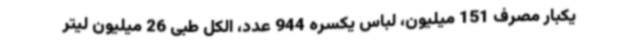
یکبار مصرف 151 میلیون، لباس یکسره 944 عدد، الکل طبی 26 میلیون لیتر